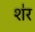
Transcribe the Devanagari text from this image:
श॑र